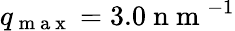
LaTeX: q_{\mathrm{~m~a~x~}}=3.0\mathrm{~n~m~}^{-1}